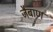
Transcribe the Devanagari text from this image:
जैबाण